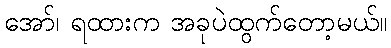
အော်၊ ရထားက အခုပဲထွက်တော့မယ်။